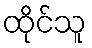
ထိုင်သူ